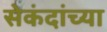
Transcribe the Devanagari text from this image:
सेकंदांच्या